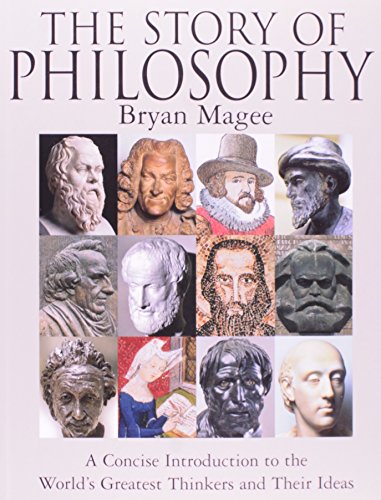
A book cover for Story of Philosophy; Bryan Magee; Politics & Social Sciences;